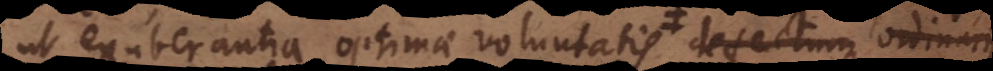
ut exuberantia optimae voluntatis defectum ordinarii